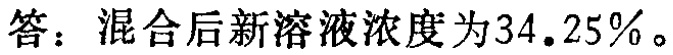
答：混合后新溶液浓度为\(34.25\%\)。